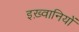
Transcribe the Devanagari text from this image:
इख़्वानियों